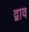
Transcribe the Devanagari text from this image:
द्वाव